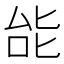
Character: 𫨩